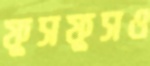
ফুসফুসও